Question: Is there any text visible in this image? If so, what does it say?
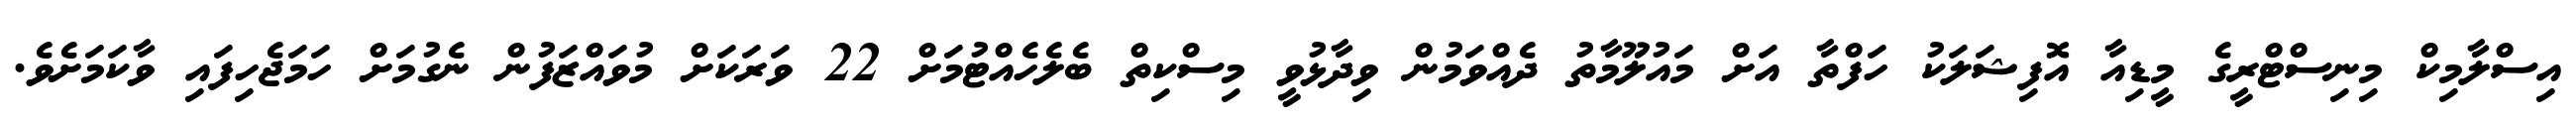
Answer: އިސްލާމިކް މިނިސްޓްރީގެ މީޑިއާ އޮފިޝަލަކު ހަފްތާ އަށް މައުލޫމާތު ދެއްވަމުން ވިދާޅުވީ މިސްކިތް ބެލެހެއްޓުމަށް 22 ވަރަކަށް މުވައްޒަފުން ނެގުމަށް ހަމަޖެހިފައި ވާކަމަށެވެ.